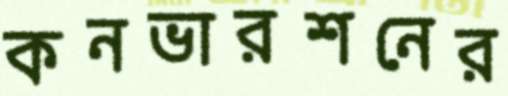
কনভারশনের